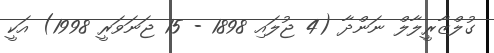
ގުލްޒާރީލާލް ނަންދާ (4 ޖުލައި 1898 - 15 ޖަނަވަރީ 1998) އަކީ